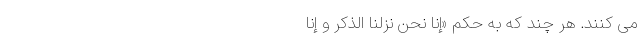
می کنند. هر چند که به حکم «إِنّا نَحْنُ نَزَّلْنَا الذِّكْرَ وَ إِنّا